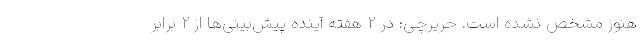
هنوز مشخص نشده است. حریرچی: در 2 هفته آینده پیش‌بینی‌ها از 2 برابر